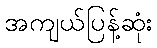
အကျယ်ပြန့်ဆုံး